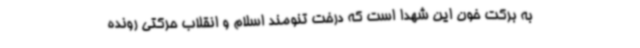
به برکت خون این شهدا است که درخت تنومند اسلام و انقلاب حرکتی رونده